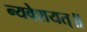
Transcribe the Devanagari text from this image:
न्यवेशयत्॥